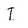
Character: I